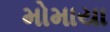
મોમાયા